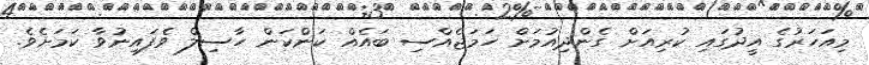
މިއަހަރުގެ އީދުގައި ކުރިއަށް ގެންދިއުމަށް ހަމަޖެއްސި ބައެއް ކަންކަން ހާސިލް ވެފައިނުވާ ކަމަށެވެ.